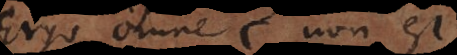
Ergo omne C non est